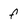
Character: f